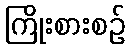
ကြိုးစားစဉ်